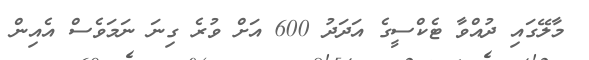
މާލޭގައި ދުއްވާ ޓެކްސީގެ އަދަދު 600 އަށް ވުރެ ގިނަ ނަމަވެސް އެއިން